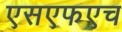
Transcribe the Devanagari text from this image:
एसएफएच